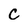
Character: C